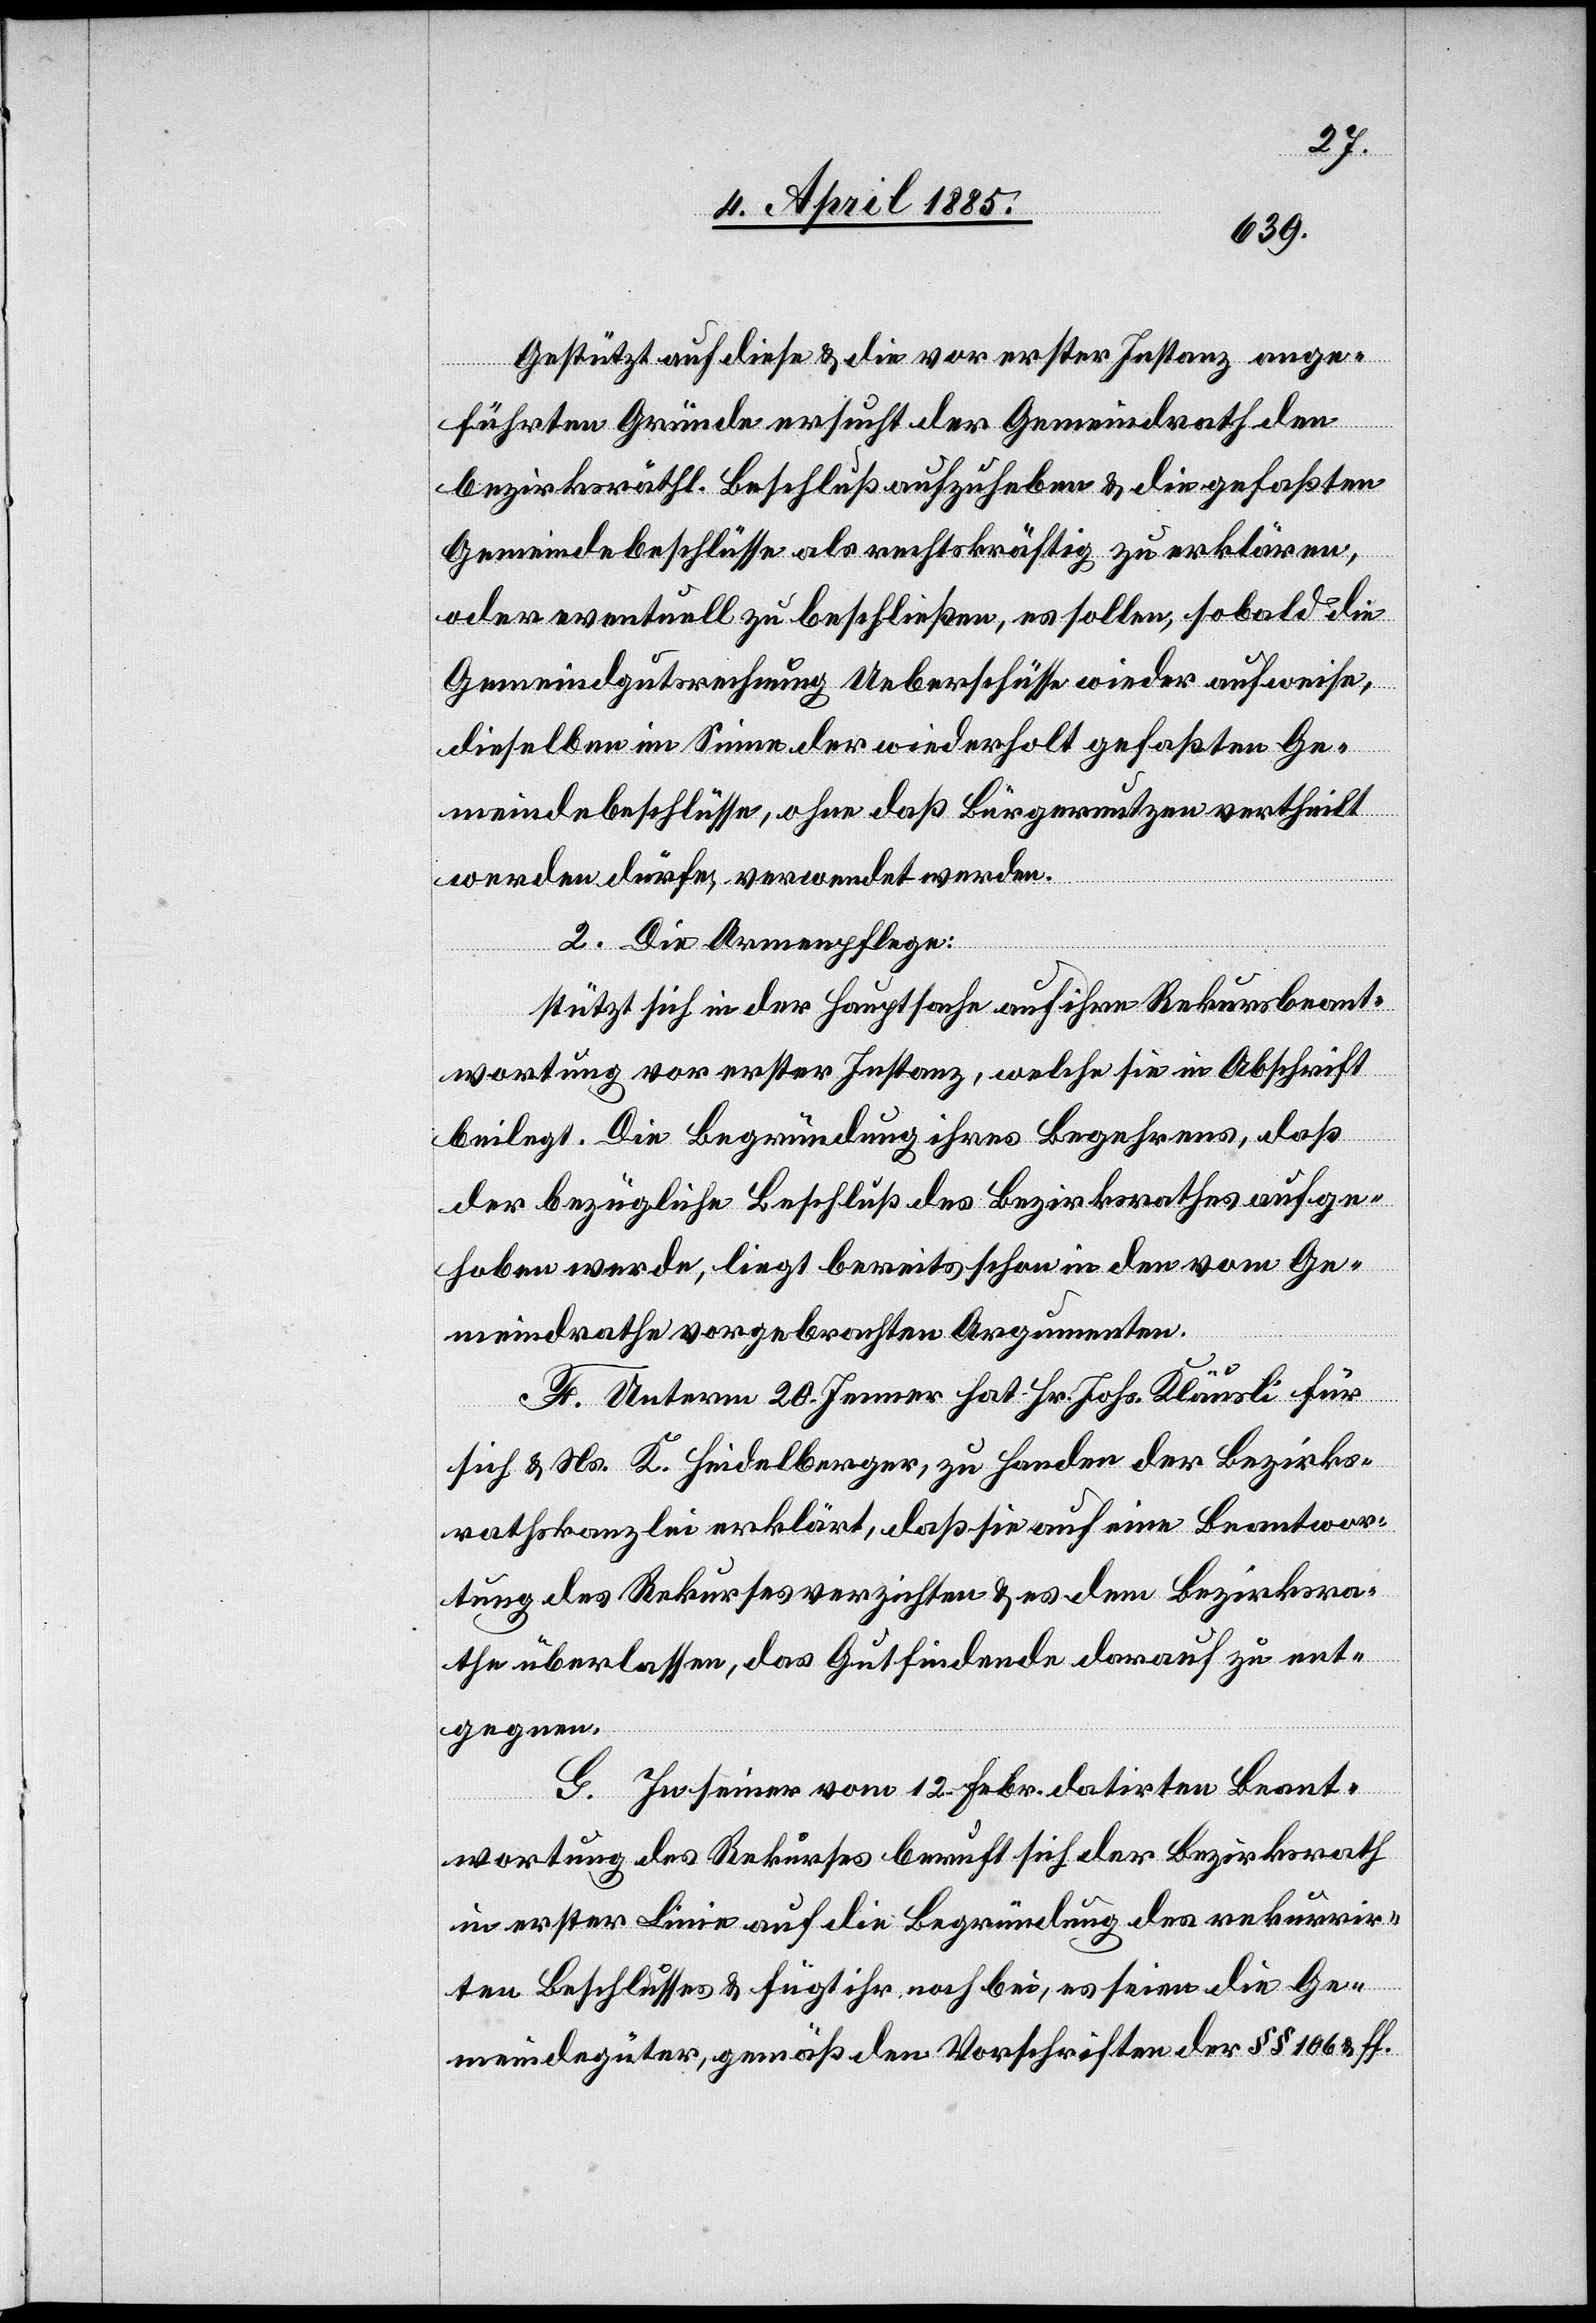
Gestützt auf diese & die vor erster Instanz ange¬
führten Gründe ersucht der Gemeindrath den
bezirksräthl. Beschluß aufzuheben & die gefaßten
Gemeindebeschlüsse als rechtskräftig zu erklären,
oder eventuell zu beschließen, es sollen, sobald die
Gemeindgutsrechnung Ueberschüsse wieder aufweise,
dieselben im Sinne der wiederholt gefaßten Ge¬
meindebeschlüsse, ohne daß Bürgernutzen vertheilt
werden dürfen, verwendet werden.
2. Die Armenpflege:
stützt sich in der Hauptsache auf ihre Rekursbeant¬
wortung vor erster Instanz, welche sie in Abschrift
beilegt. Die Begründung ihres Begehrens, daß
der bezügliche Beschluß des Bezirksrathes aufge¬
hoben werde, liegt bereits schon in den vom Ge¬
meindrathe vorgebrachten Argumenten.
F. Unterm 20. Jenner hat Hr. Johs. Kläusli für
sich & Ns. K. Heidelberger, zu Handen der Bezirks¬
rathskanzlei erklärt, daß sie auf eine Beantwor¬
tung des Rekurses verzichten & es dem Bezirksra¬
the überlassen, das Gutfindende darauf zu ent¬
gegnen.
G. In seiner vom 12. Febr. datirten Beant¬
wortung des Rekurses beruft sich der Bezirksrath
in erster Linie auf die Begründung des rekurrir¬
ten Beschlusses & fügt ihr noch bei, es seien die Ge¬
meindegüter, gemäß den Vorschriften der §§ 106 & ff.